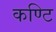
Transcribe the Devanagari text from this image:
कण्टि